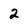
Character: 2